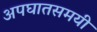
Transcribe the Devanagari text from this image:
अपघातसमयी